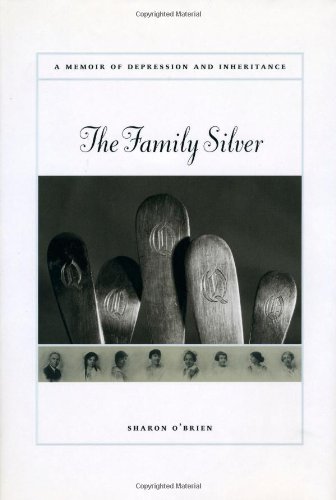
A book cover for The Family Silver: A Memoir of Depression and Inheritance; Sharon O'Brien; Biographies & Memoirs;